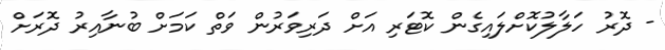
- ދޮރު ހަލާލުކޮށްލައިގެން ކޮޓަރި އަށް ދަރިވަރުން ވަތް ކަމަށް ބުނާއިރު ދޮރަށް